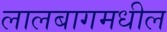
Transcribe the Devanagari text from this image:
लालबागमधील